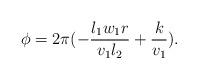
LaTeX: \begin{align*}\phi=2\pi(-\frac{l_1w_1r}{v_1l_2}+\frac{k}{v_1}).\end{align*}